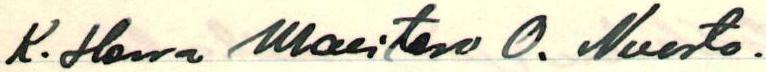
K. Herra Maisteri O. Nuorto.